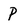
Character: P